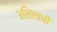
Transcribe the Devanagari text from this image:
अशिलाची